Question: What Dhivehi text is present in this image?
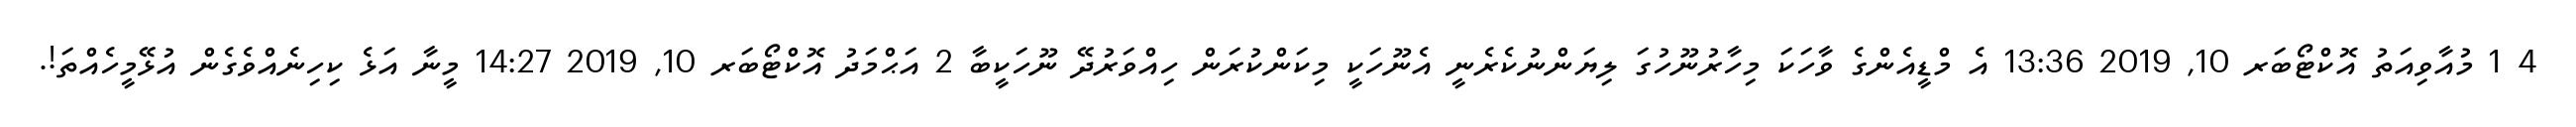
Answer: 4 1 މުއާވިއަތު އޮކްޓޯބަރ 10, 2019 13:36 އެ މްޑީއެންގެ ވާހަކަ މިހާރުނޫހުގަ ލިޔަންނުކެރެނީ އެނޫހަކީ މިކަންކުރަން ހިއްވަރުދޭ ނޫހަކީބާ 2 އަޙްމަދު އޮކްޓޯބަރ 10, 2019 14:27 މީނާ އަޅެ ކިހިނެއްވެގެން އުޅޭމީހެއްތަ!.